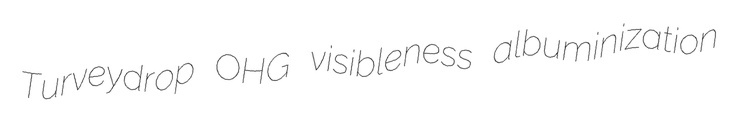
Turveydrop OHG visibleness albuminization